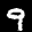
Label: 9